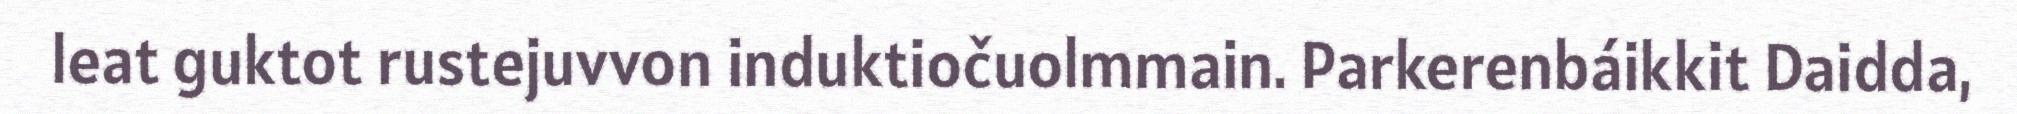
leat guktot rustejuvvon induktiočuolmmain. Parkerenbáikkit Daidda,